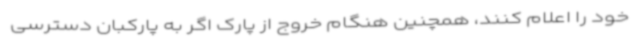
خود را اعلام کنند، همچنین هنگام خروج از پارک اگر به پارکبان دسترسی